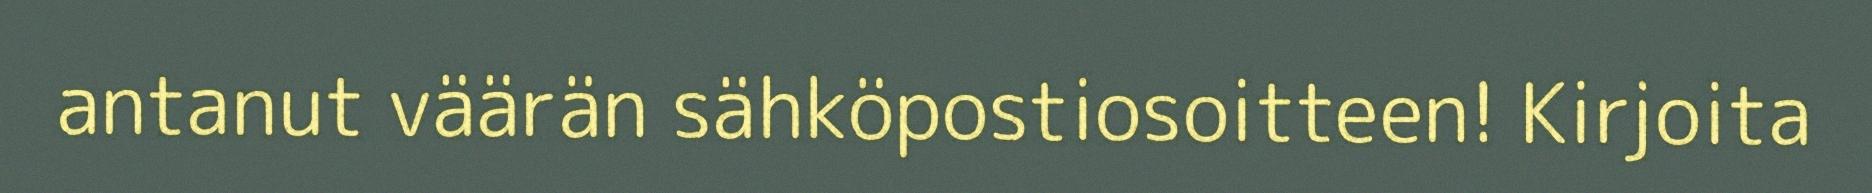
antanut väärän sähköpostiosoitteen! Kirjoita